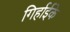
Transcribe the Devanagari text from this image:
गिर्हाईके